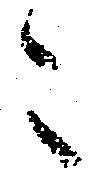
々